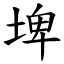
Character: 埤